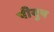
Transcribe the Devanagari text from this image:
पीयुष